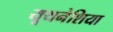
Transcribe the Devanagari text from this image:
यूथनेशिया